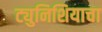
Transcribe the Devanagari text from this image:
ट्युनिशियाचा